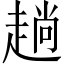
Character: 趟